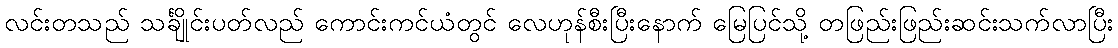
လင်းတသည် သင်္ချိုင်းပတ်လည် ကောင်းကင်ယံတွင် လေဟုန်စီးပြီးနောက် မြေပြင်သို့ တဖြည်းဖြည်းဆင်းသက်လာပြီး